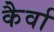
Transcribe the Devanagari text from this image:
कैर्वा